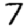
Digit: 7